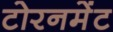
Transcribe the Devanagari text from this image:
टोरनमेंट